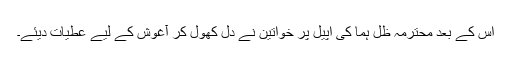
اس کے بعد محترمہ ظل ہما کی اپیل پر خواتین نے دل کھول کر آغوش کے لیے عطیات دیئے۔